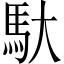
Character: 馱